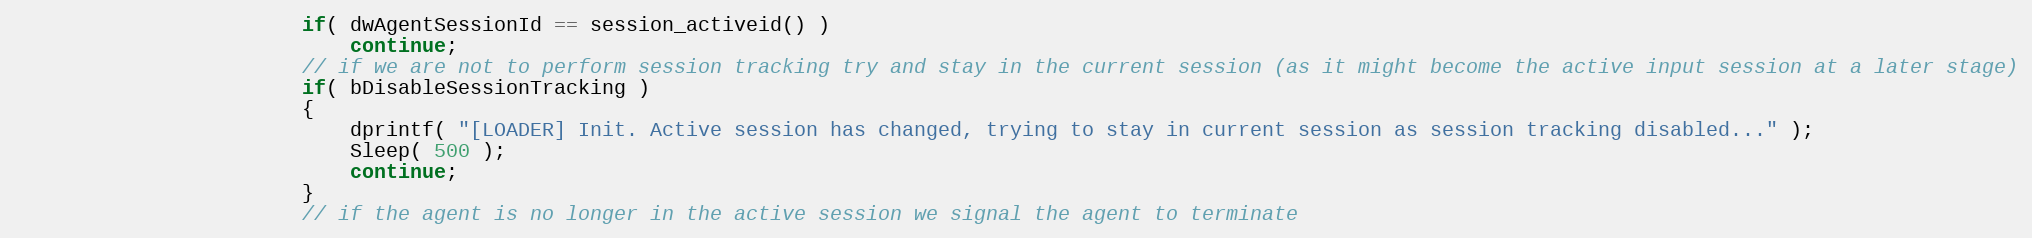
Language: C
						if( dwAgentSessionId == session_activeid() )
							continue;
						// if we are not to perform session tracking try and stay in the current session (as it might become the active input session at a later stage)
						if( bDisableSessionTracking )
						{
							dprintf( "[LOADER] Init. Active session has changed, trying to stay in current session as session tracking disabled..." );
							Sleep( 500 );
							continue;
						}
						// if the agent is no longer in the active session we signal the agent to terminate